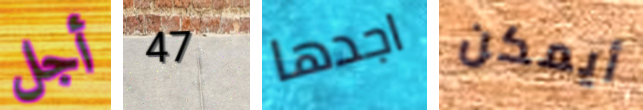
أجل 47 اجدها أيمكن